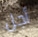
أجل